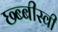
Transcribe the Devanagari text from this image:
छ्ब्बीस्वी